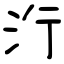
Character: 洐